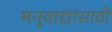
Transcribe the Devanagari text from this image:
मनुवाद्यांसाठी